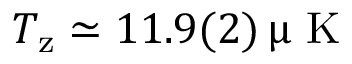
T _ { \mathrm { z } } \simeq 1 1 . 9 ( 2 ) \ensuremath { \, \upmu \mathrm { ~ K ~ } }